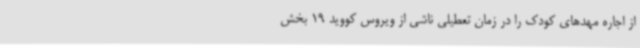
از اجاره مهدهای کودک را در زمان تعطیلی ناشی از ویروس کووید 19 بخش